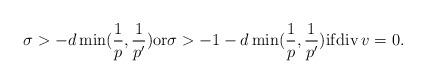
LaTeX: \begin{align*}\sigma> -d \min(\frac{1}{p}, \frac{1}{p'}) \mathrm{or}\sigma> -1-d \min(\frac{1}{p}, \frac{1}{p'})\mathrm{if} \mathrm{div\,} v=0.\end{align*}